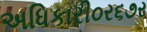
અધિકારી૦ર૬૭ર